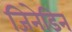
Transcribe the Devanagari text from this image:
जिनेडिन